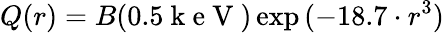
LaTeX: Q(r)=B(0.5\mathrm{~k~e~V~})\exp{(-18.7\cdot r^{3})}